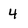
Character: 4